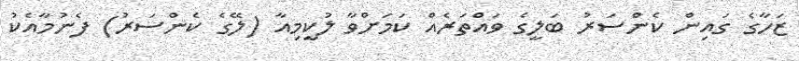
ޒަހާގެ ގައިން ކެންސަރު ބަލީގެ ވައްތަރެއް ކަމަށްވާ ލުކީމިއާ (ލޭގެ ކެންސަރު) ފެނުމާއެކު